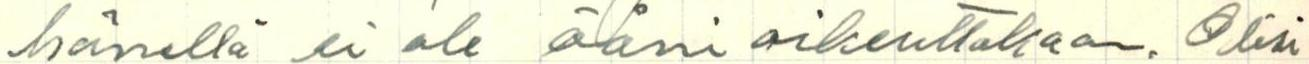
hänellä ei ole ääni oikeuttakaan. Olisi